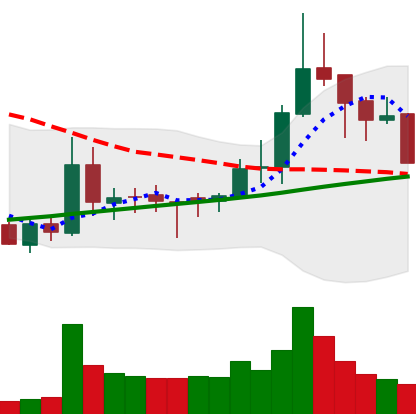
Ticker: BNB-USD
Chart end date: 2018-03-29
Forward return: 31.037%
Label: up_7plus